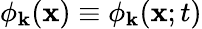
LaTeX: \phi_{\mathbf{k}}({\mathbf{x}})\equiv\phi_{\mathbf{k}}({\mathbf{x}};t)